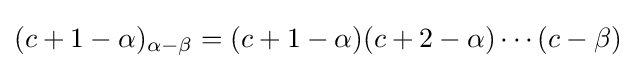
(c+1-\alpha )_{\alpha -\beta }=(c+1-\alpha )(c+2-\alpha )\cdots (c-\beta )